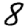
Digit: 8